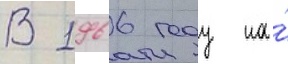
В 1966 году на́